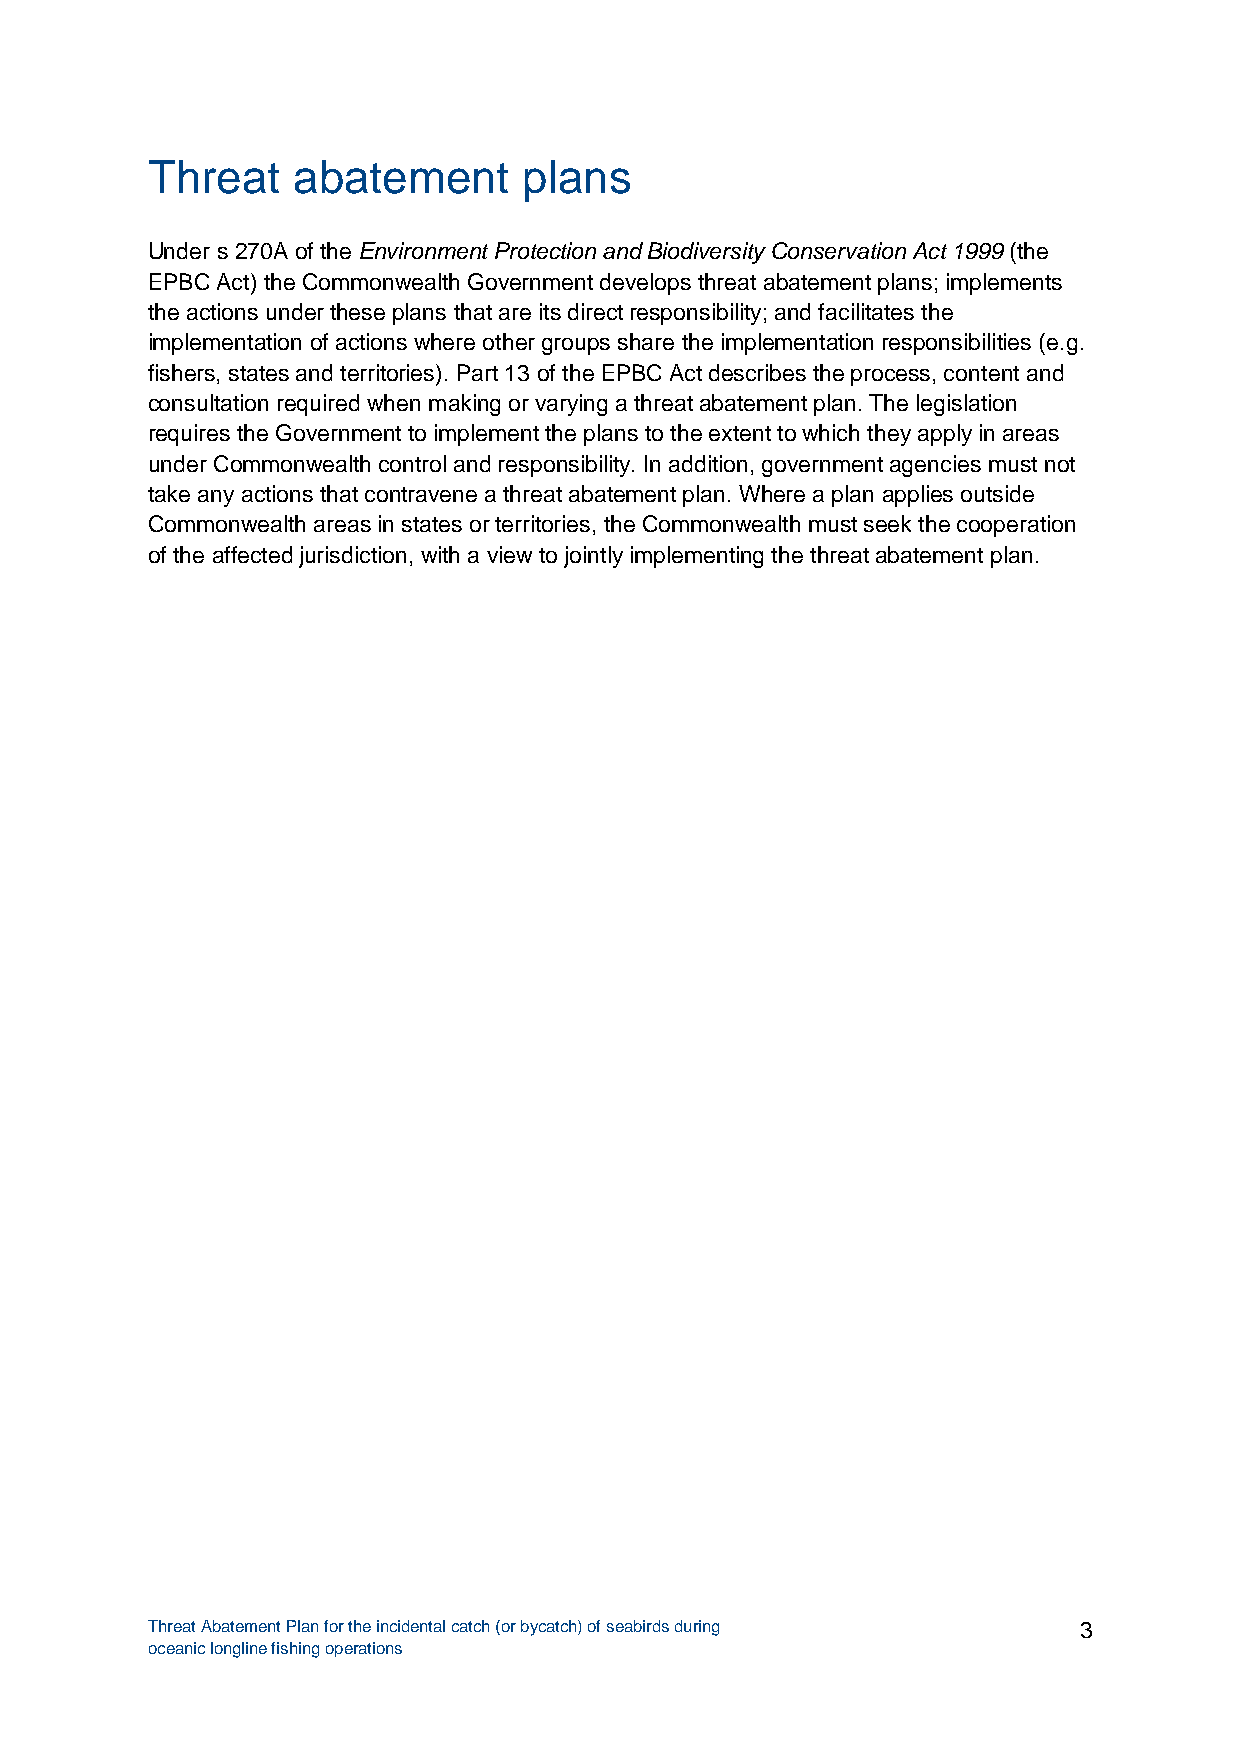
Threat   abatement       plans
 Under s 270A of the Environment Protection and Biodiversity Conservation Act 1999 (the
 EPBC Act) the Commonwealth Government develops threat abatement plans; implements
 the actions under these plans that are its direct responsibility; and facilitates the
 implementation of actions where other groups share the implementation responsibilities (e.g.
 fishers, states and territories). Part 13 of the EPBC Act describes the process, content and
 consultation required when making or varying a threat abatement plan. The legislation
 requires the Government to implement the plans to the extent to which they apply in areas
 under Commonwealth control and responsibility. In addition, government agencies must not
 take any actions that contravene a threat abatement plan. Where a plan applies outside
 Commonwealth areas in states or territories, the Commonwealth must seek the cooperation
 of the affected jurisdiction, with a view to jointly implementing the threat abatement plan.
 Threat Abatement Plan for the incidental catch (or bycatch) of seabirds during 3
 oceanic longline fishing operations